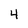
Character: 4